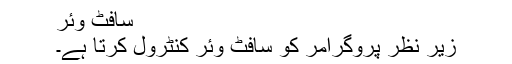
سافٹ وئر
زیر نظر پروگرامر کو سافٹ وئر کنٹرول کرتا ہے۔